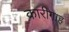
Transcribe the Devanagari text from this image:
कारीगाह